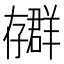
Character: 𫲳